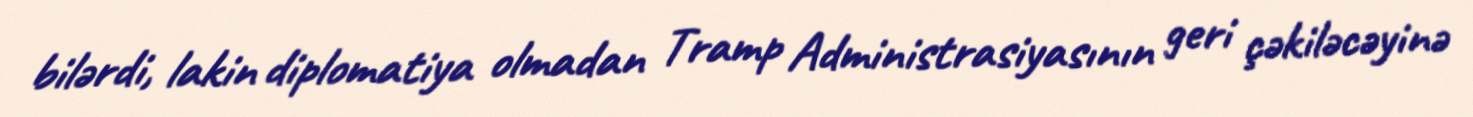
bilərdi, lakin diplomatiya olmadan Tramp Administrasiyasının geri çəkiləcəyinə